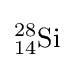
{}_{14}^{28}{\textrm {Si}}